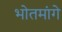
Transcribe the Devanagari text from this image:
भोतमांगे